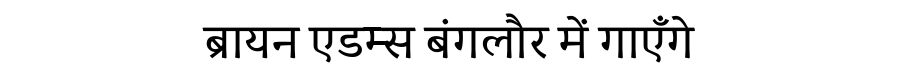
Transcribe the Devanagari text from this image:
ब्रायन एडम्स बंगलौर में गाएँगे